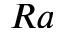
R a